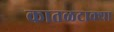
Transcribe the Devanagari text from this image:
कातळटाक्या